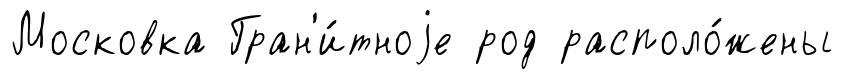
Московка Гран'и́тноjе род располо́жены